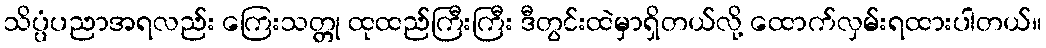
သိပ္ပံပညာအရလည်း ကြေးသတ္တု ထုထည်ကြီးကြီး ဒီတွင်းထဲမှာရှိတယ်လို့ ထောက်လှမ်းရထားပါတယ်။